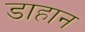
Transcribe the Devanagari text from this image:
डाहान